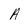
Character: A